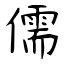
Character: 儒